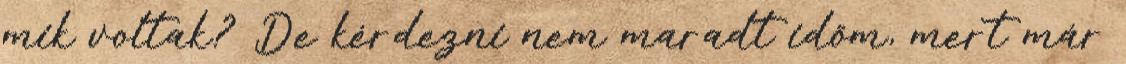
mik voltak? De kérdezni nem maradt időm, mert már